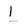
Character: I